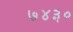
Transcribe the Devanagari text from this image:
७४३०